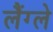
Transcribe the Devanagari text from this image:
लैंग्ले